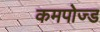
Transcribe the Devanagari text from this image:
कमपोज्ड